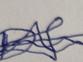
Signature authenticity: forged